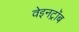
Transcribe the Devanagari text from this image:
वेइनट्रॉब